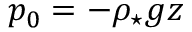
p _ { 0 } = - \rho _ { \star } g z